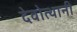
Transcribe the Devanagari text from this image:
देवोत्थानी